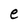
Character: e